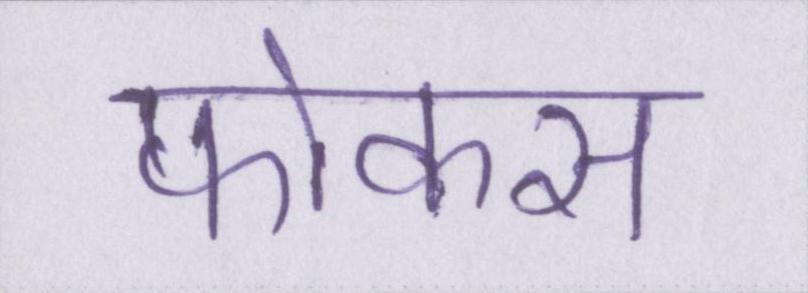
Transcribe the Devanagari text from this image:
फोकस